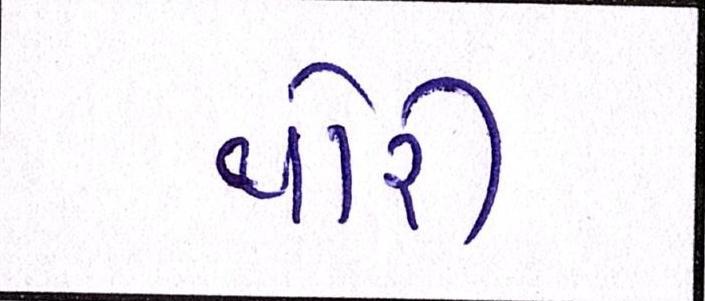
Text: થોરી